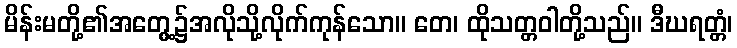
မိန်းမတို့၏အတွေ့၌အလိုသို့လိုက်ကုန်သော။ တေ၊ ထိုသတ္တဝါတို့သည်။ ဒီဃရတ္တံ၊